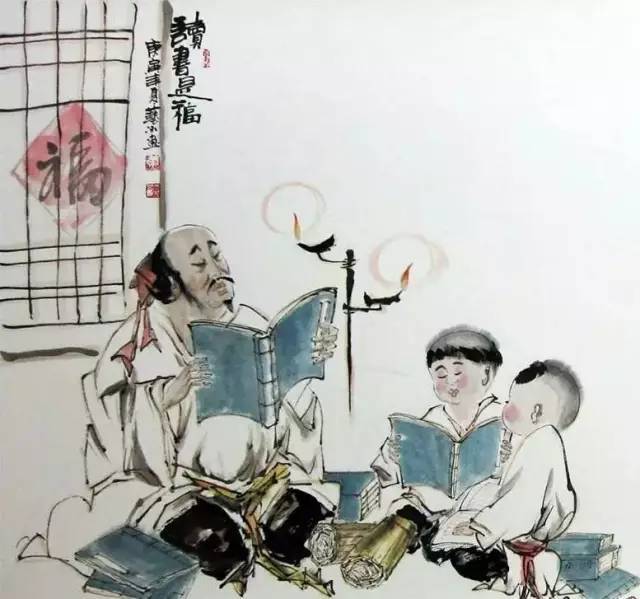
黑发不知勤学早，白首方悔读书迟。